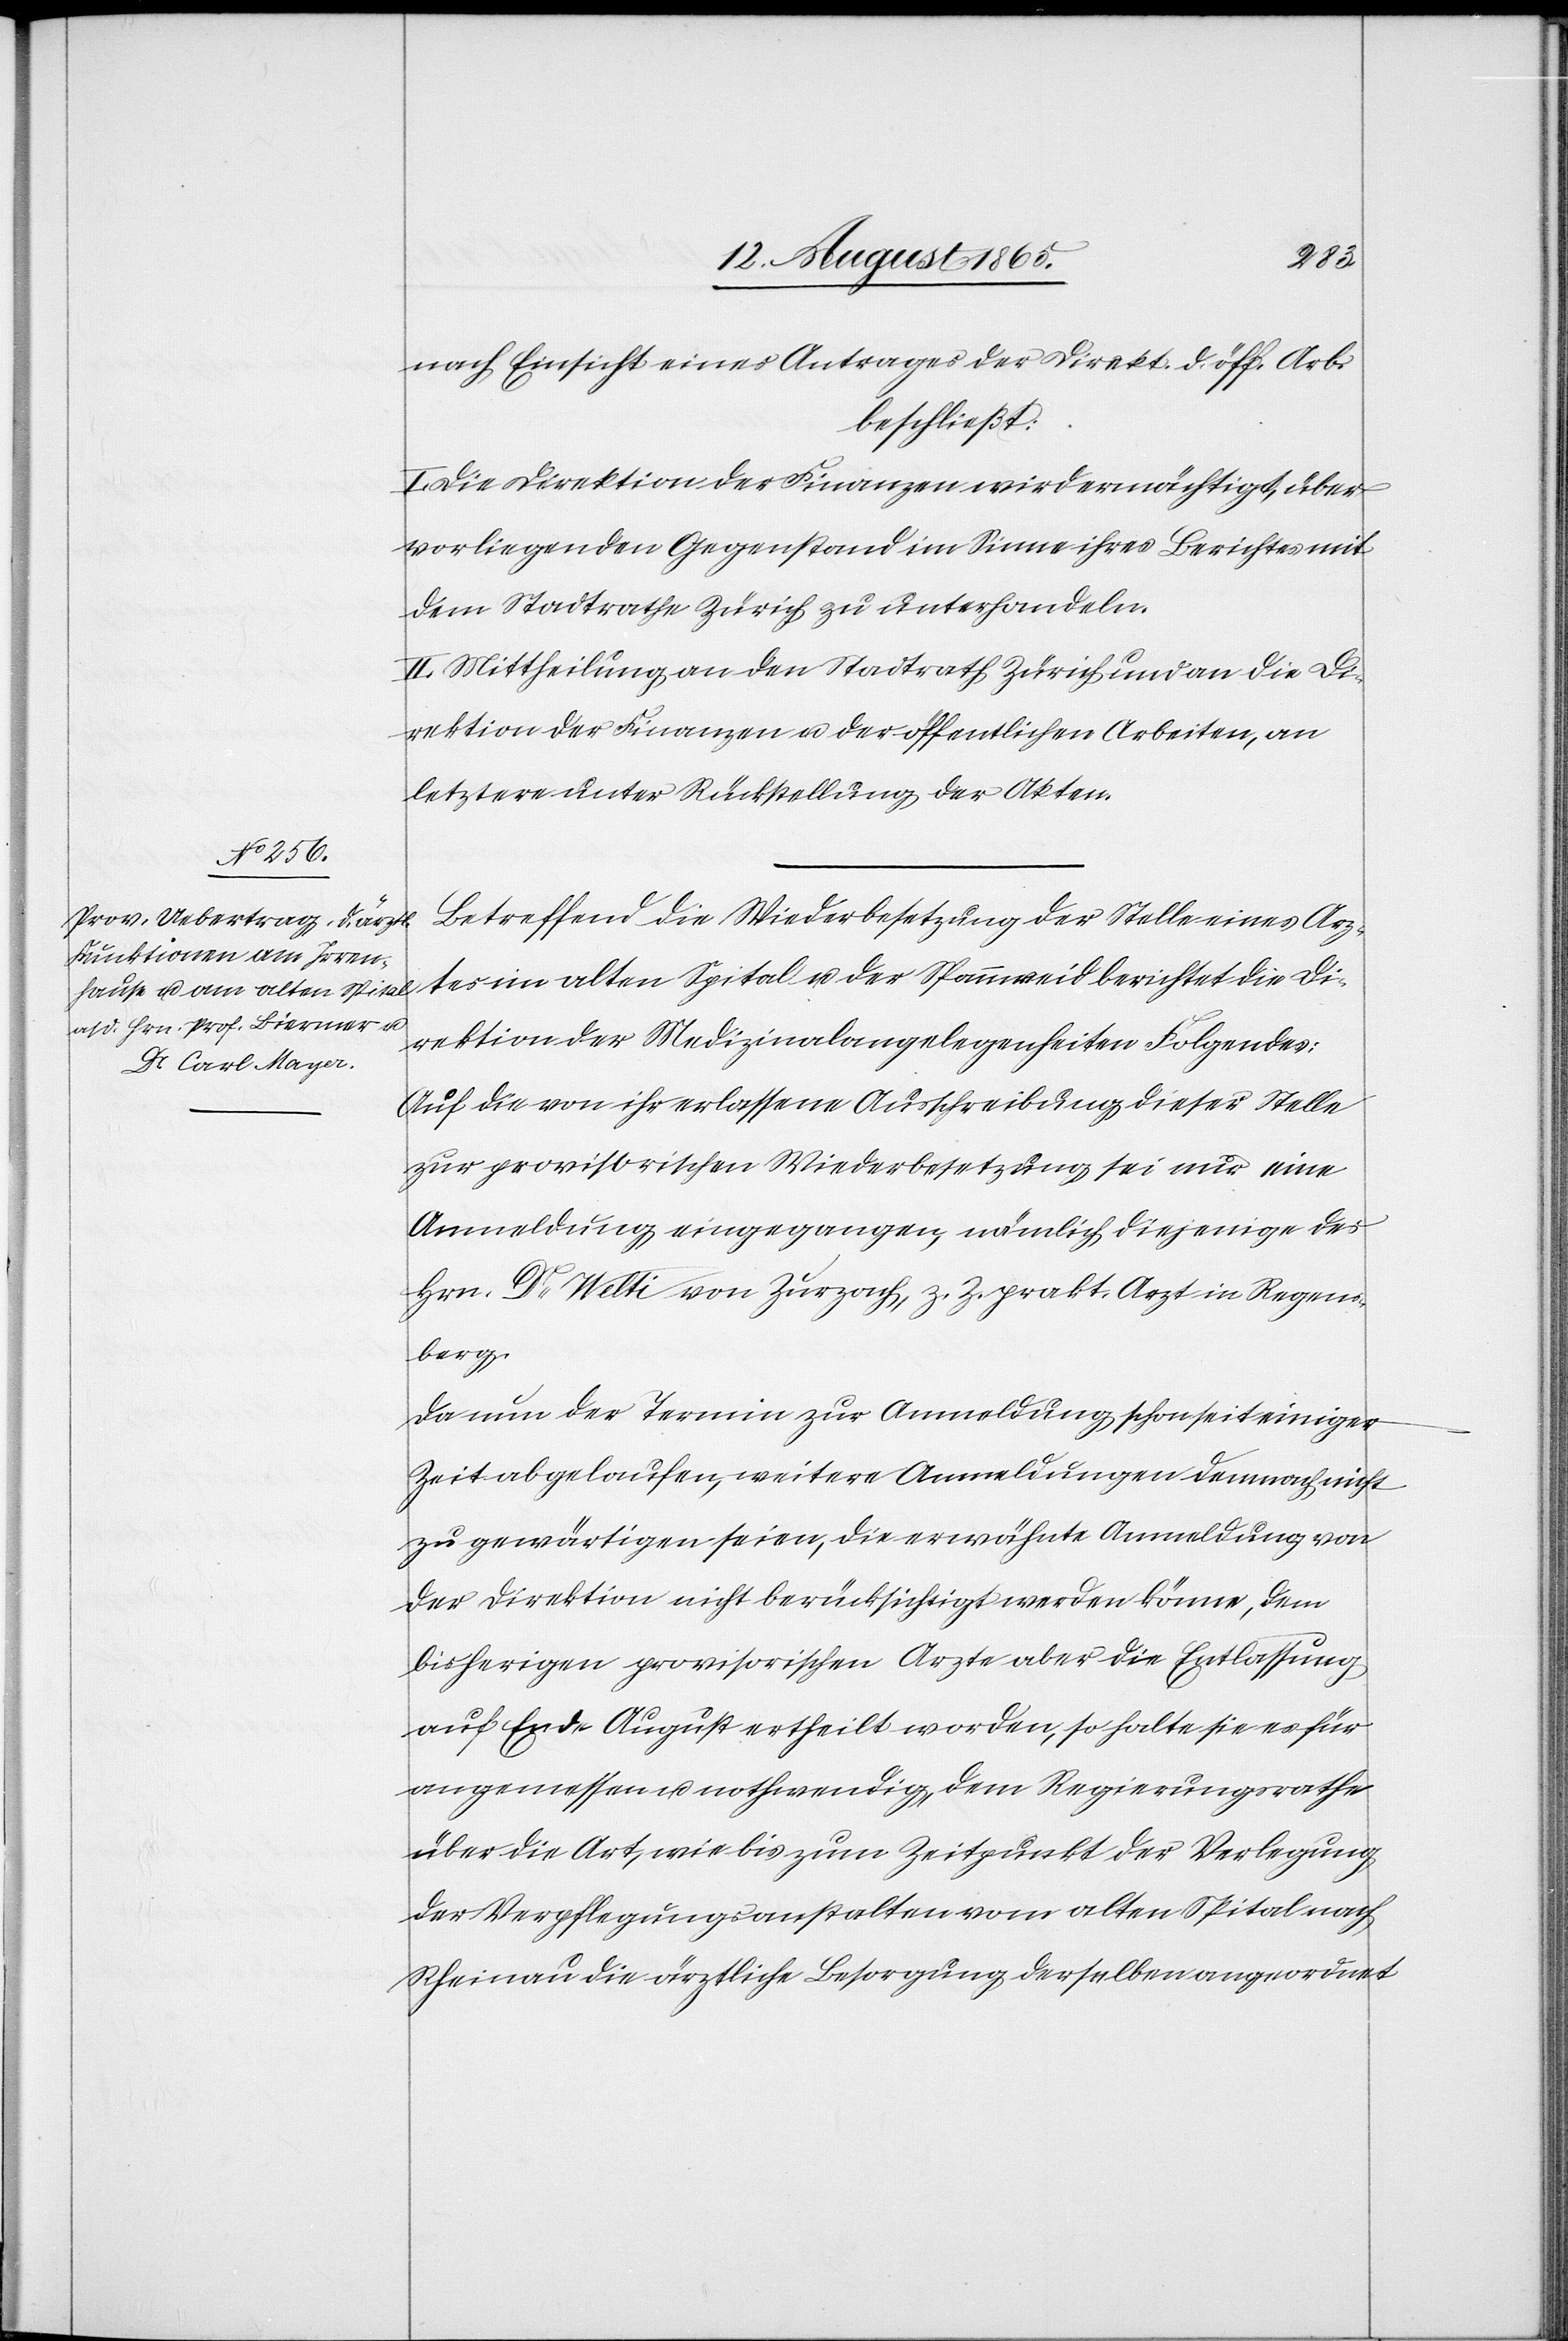
nach Einsicht eines Antrages der Direkt. d. öff. Arb.
beschließt:
I. Die Direktion der Finanzen wird ermächtigt, über
vorliegenden Gegenstand im Sinne ihres Berichtes mit
dem Stadtrathe Zürich zu unterhandeln.
II. Mittheilung an den Stadtrath Zürich und an die Di¬
rektion der Finanzen u. der öffentlichen Arbeiten, an
letztere unter Rückstellung der Akten.
Betreffend die Wiederbesetzung der Stelle eines Arz¬
tes im alten Spital u. der Spannweid berichtet die Di¬
rektion der Medizinalangelegenheiten Folgendes:
Auf die von ihr erlassene Ausschreibung dieser Stelle
zur provisorischen Wiederbesetzung sei nur eine
Anmeldung eingegangen, nämlich diejenige des
Hrn. Dr Welti von Zurzach, z. Z. prakt. Arzt in Regens¬
berg.
Da nun der Termin zur Anmeldung schon seit einiger
Zeit abgelaufen, weitere Anmeldungen demnach nicht
zu gewärtigen seien, die erwähnte Anmeldung von
der Direktion nicht berücksichtigt werden könne, dem
bisherigen provisorischen Arzte aber die Entlassung
auf Ende August ertheilt worden, so halte sie es für
angemessen u. nothwendig, dem Regierungsrathe
über die Art, wie bis zum Zeitpunkt der Verlegung
der Verpflegungsanstalten vom alten Spital nach
Rheinau die ärztliche Besorgung derselben angeordnet